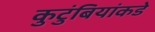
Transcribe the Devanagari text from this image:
कुटुंबियांकडे